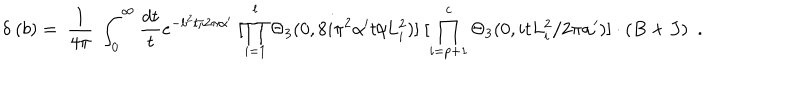
LaTeX: \delta ~ ( b ) = ~ \frac { 1 } { 4 \pi } ~ \int _ { 0 } ^ { \infty } \frac { d t } { t } e ^ { - b ^ { 2 } t / 2 \pi \alpha ^ { \prime } } ~ [ \prod _ { i = 1 } ^ { l } \Theta _ { 3 } ( 0 , 8 i \pi ^ { 2 } \alpha ^ { \prime } t / L _ { i } ^ { 2 } ) ] ~ [ \prod _ { i = p + 1 } ^ { c } \Theta _ { 3 } ( 0 , i t L _ { i } ^ { 2 } / 2 \pi \alpha ^ { \prime } ) ] \cdot ( B \times J ) ~ ~ .